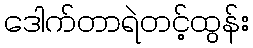
ဒေါက်တာရဲတင့်ထွန်း